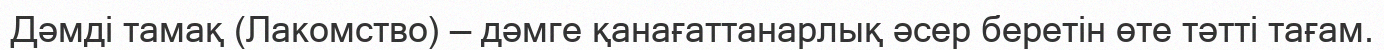
Дәмді тамақ (Лакомство) — дәмге қанағаттанарлық әсер беретін өте тәтті тағам.